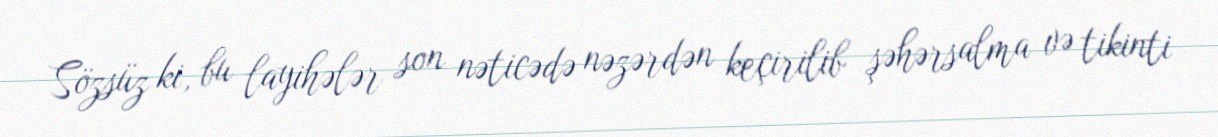
Sözsüz ki, bu layihələr son nəticədə nəzərdən keçirilib şəhərsalma və tikinti